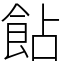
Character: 䬯